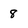
Character: 8